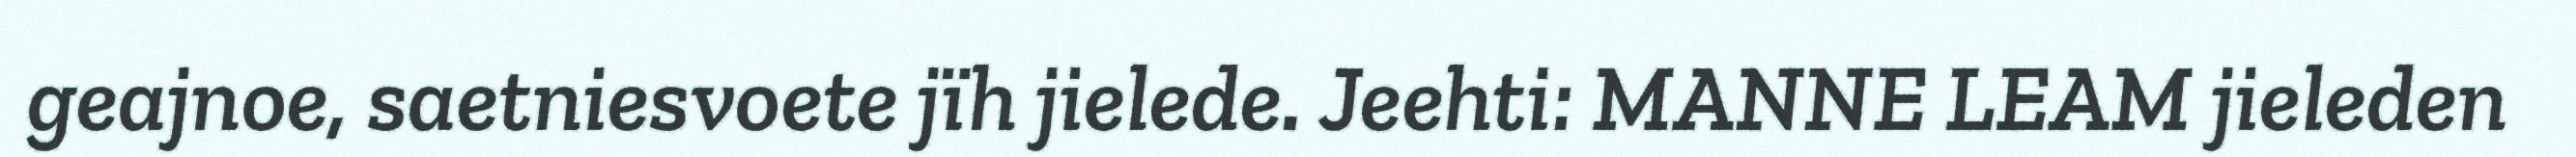
geajnoe, saetniesvoete jïh jielede. Jeehti: MANNE LEAM jieleden